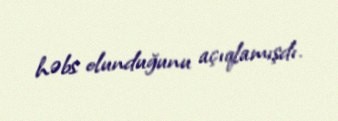
həbs olunduğunu açıqlamışdı.